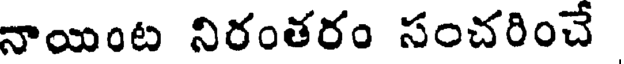
నాయింట నిరంతరం సంచరించే